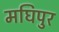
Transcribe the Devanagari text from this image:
मघिपुर